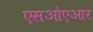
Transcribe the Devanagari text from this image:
एसओएआर